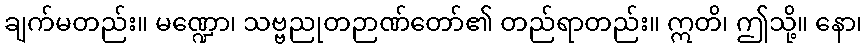
ချက်မတည်း။ မဏ္ဍော၊ သဗ္ဗညုတဉာဏ်တော်၏ တည်ရာတည်း။ ဣတိ၊ ဤသို့။ နော၊